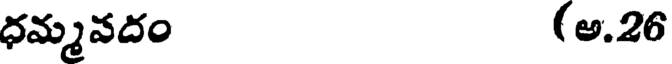
ధమ్మవదం (అ.26